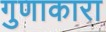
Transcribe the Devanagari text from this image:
गुणाकारा